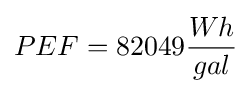
PEF=82049{\frac {Wh}{gal}}